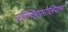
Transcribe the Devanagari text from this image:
सॅल्व्हिफोलियम